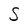
Character: S